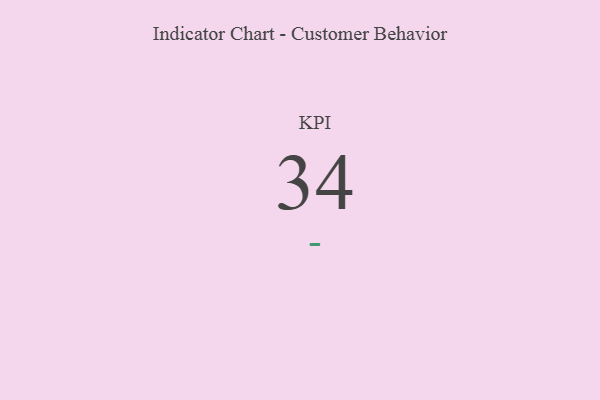
{"axis": {"x": "KPI", "y": "Value"}, "legend": [""], "data": [{"x": "KPI", "y": 34, "type": ""}]}